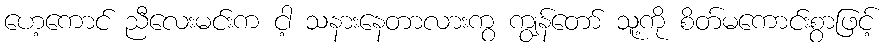
ဟေ့ကောင် ညီလေးမင်းက ငါ့ သနားနေတာလားကွ ကျွန်တော် သူ့ကို စိတ်မကောင်းစွာဖြင့်